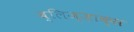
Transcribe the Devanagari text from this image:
ब्लिज्ज़ाक्स